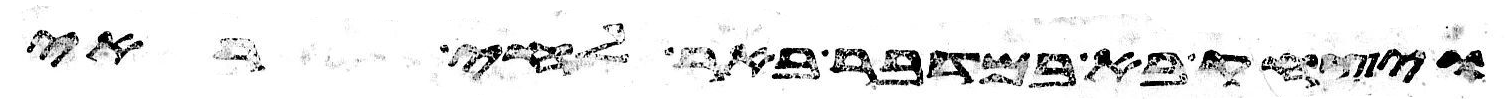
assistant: ויצחק בא במדבר באר לחי ראה